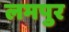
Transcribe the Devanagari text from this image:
लमपुर